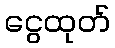
ငွေထုတ်